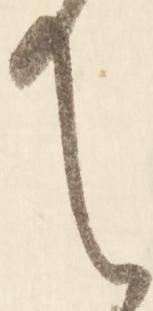
て